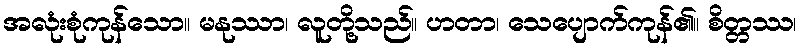
အလုံးစုံကုန်သော။ မနုဿာ၊ လူတို့သည်။ ဟတာ၊ သေပျောက်ကုန်၏။ စိတ္တဿ၊